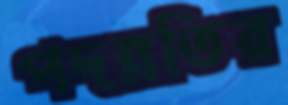
পদন্নতির